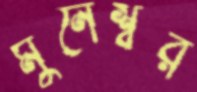
মুনেশ্বর